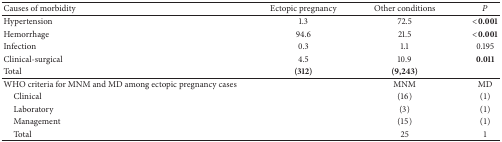
| Causes of morbidity | Ectopic pregnancy | Other conditions | P |
 | --- | --- | --- | --- |
 | Hypertension | 1.3 | 72.5 | <0.001 |
 | Hemorrhage | 94.6 | 21.5 | <0.001 |
 | Infection | 0.3 | 1.1 | 0.195 |
 | Clinical-surgical | 4.5 | 10.9 | 0.011 |
 | Total | (312) | (9,243) |  |
 | WHO criteria for MNM and MD among ectopic pregnancy cases |  | MNM | MD |
 | Clinical |  | (16) | (1) |
 | Laboratory |  | (3) | (1) |
 | Management |  | (15) | (1) |
 | Total |  | 25 | 1 |